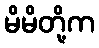
မိမိတို့က